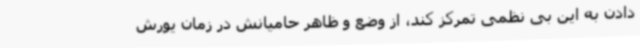
دادن به این بی نظمی تمرکز کند، از وضع و ظاهر حامیانش در زمان یورش